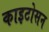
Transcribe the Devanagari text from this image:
काइटोसन